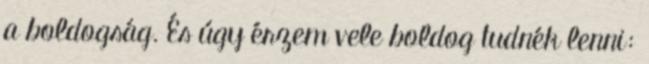
a boldogság. És úgy érzem vele boldog tudnék lenni: